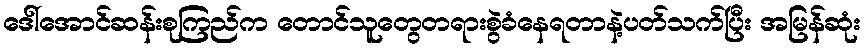
ဒေါ်အောင်ဆန်းစုကြည်က တောင်သူတွေတရားစွဲခံနေရတာနဲ့ပတ်သက်ပြီး အမြန်ဆုံး